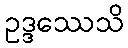
ဥဒ္ဒဿေသိ